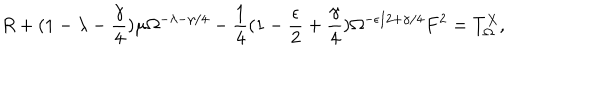
R + ( 1 - \lambda - \frac { \gamma } { 4 } ) \mu \Omega ^ { - \lambda - \gamma / 4 } - \frac { 1 } { 4 } ( 1 - \frac { \epsilon } { 2 } + \frac { \gamma } { 4 } ) \Omega ^ { - \epsilon / 2 + \gamma / 4 } F ^ { 2 } = T _ { \Omega } ^ { X } ,